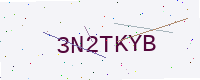
Text: 3N2TKYB